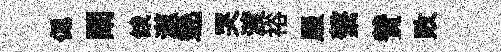
偲闡餓澨遶哭渡裕服繫賛敗